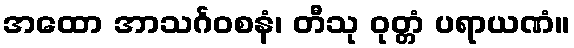
အထော အာသင်္ဂဝစနံ၊ တီသု ဝုတ္တံ ပရာယဏံ။